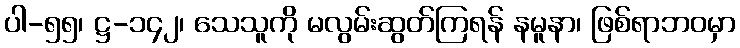
ပါ-၅၅၊ ဋ္ဌ-၁၄၂၊ သေသူကို မလွမ်းဆွတ်ကြရန် နမူနာ၊ ဖြစ်ရာဘဝမှာ